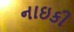
નાઇકી